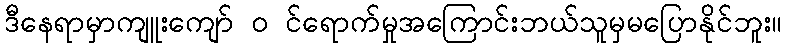
ဒီနေရာမှာကျူးကျော် ၀ င်ရောက်မှုအကြောင်းဘယ်သူမှမပြောနိုင်ဘူး။